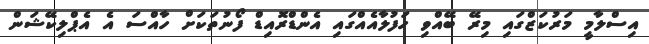
އިސްލާމީ މަރުކަޒްގައި މިރޭ ބޭއްވި ހަފުލާއެއްގައި އެންޑްރޮއިޑް ފޯނުތަކަށް ހާއްސަ އެ އެޕްލިކޭޝަން